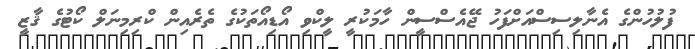
ފުލުހުންގެ އެނާލިސިސްއަށްފަހު ޖޭއެސްސީން ހާމަކުރީ ލީކްވި އޯޑިއޯތަކުގެ ތެރެއިން ކްރިމިނަލް ކޯޓުގެ ޤާޒީ